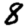
Digit: 8